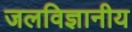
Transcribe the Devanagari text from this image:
जलविज्ञानीय